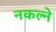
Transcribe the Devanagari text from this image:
नकल्ने